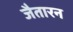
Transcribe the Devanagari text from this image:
जैतारन